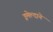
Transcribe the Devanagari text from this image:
इमेल्दाने